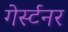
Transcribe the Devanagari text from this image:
गेर्स्टनर